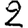
Digit: 2